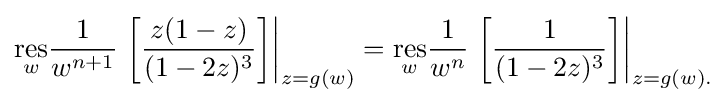
{\underset {w}{\mathrm {res} }}{\frac {1}{w^{n+1}}}\left.\left[{\frac {z(1-z)}{(1-2z)^{3}}}\right]\right|_{z=g(w)}={\underset {w}{\mathrm {res} }}{\frac {1}{w^{n}}}\left.\left[{\frac {1}{(1-2z)^{3}}}\right]\right|_{z=g(w).}